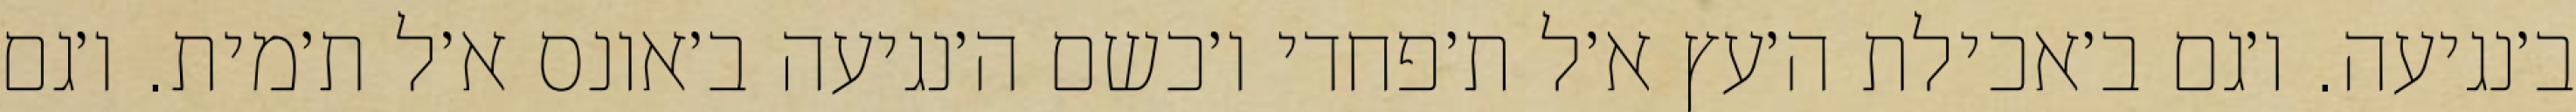
ב׳נגיעה. ו׳גם ב׳אכילת ה׳עץ א׳ל ת׳פחדי ו׳כשם ה׳נגיעה ב׳אונס א׳ל ת׳מית. ו׳גם